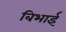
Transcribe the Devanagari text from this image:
बिभाई